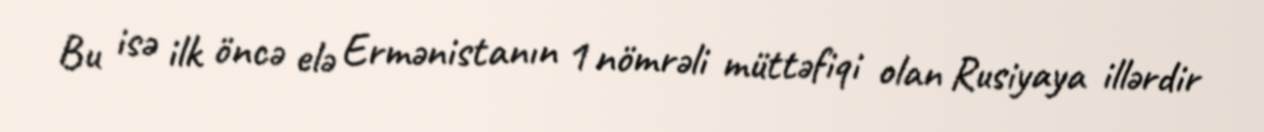
Bu isə ilk öncə elə Ermənistanın 1 nömrəli müttəfiqi olan Rusiyaya illərdir